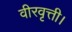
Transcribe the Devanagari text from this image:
वीरवृत्ती।